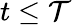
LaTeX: t\leq\mathcal{T}